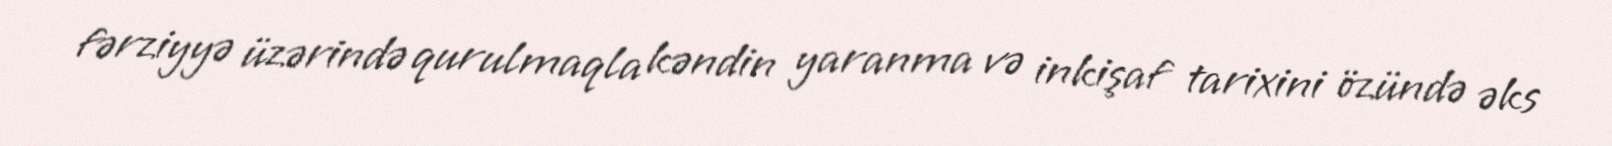
fərziyyə üzərində qurulmaqla kəndin yaranma və inkişaf tarixini özündə əks